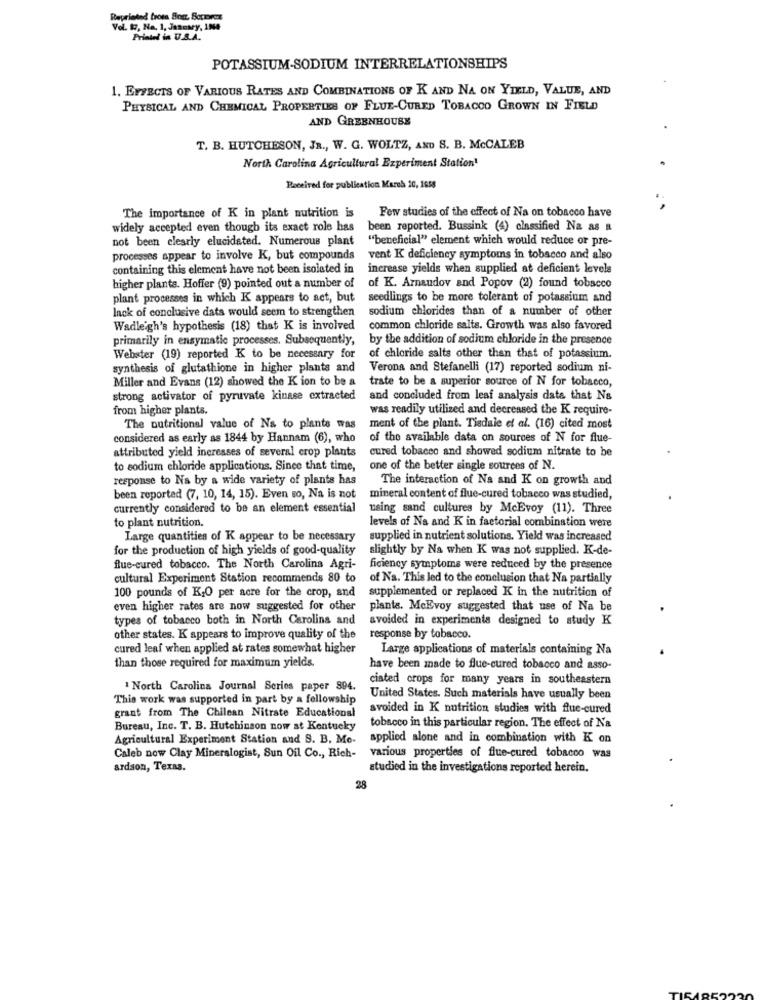
Reprinted from Bom, Sorteos
Vol. 17, Na. 1, January, IN4
Printed in U.S.A.
POTASSIUM-SODIUM INTERRELATIONSHIPS
1. EFFECTS OF VARIOUS RATES AND COMBINATIONS OF K AND NA ON YIELD, VALUE, AND
PHYSICAL AND CHEMICAL PROPERTIES OF FLUE-CURED TOBACCO GROWN IN FIELD
AND GREENHOUSE
T. B. HUTCHESON, JR ., W. G. WOLTZ, AND S. B. McCALEB
North Carolina Agricultural Experiment Station!
Received for publication March 20, 1658
The importance of K in plant nutrition is
Few studies of the effect of Na on tobacco have
widely accepted even though its exact role has
been reported. Bussink (4) classified Na as a
not been clearly elucidated. Numerous plant
"beneficial" element which would reduce or pre-
processes appear to involve K, but compounds
vent K deficiency symptoms in tobacco and also
containing this element have not been isolated in
increase yields when supplied at deficient levels
higher plants. Hoffer (9) pointed out a number of
of K. Arnaudov and Popov (2) found tobacco
plant processes in which K appears to set, but
seedlings to be more tolerant of potassium and
lack of conclusive dats would seem to strengthen
sodium chlorides than of a number of other
Wadleigh's hypothesis (18) that K is involved
common chloride salts. Growth was also favored
primarily in enzymatic processes. Subsequently,
by the addition of sodium chloride in the presence
Webster (19) reported K to be necessary for
of chloride salts other than that of potassium.
synthesis of glutathione in higher plants and
Verona and Stefanelli (17) reported sodium ni-
Miller and Evans (12) showed the K ion to be a
trate to be a superior source of N for tobacco,
strong activator of pyruvate kinase extracted
and concluded from leaf analysis data that Na
from higher plants.
was readily utilized and decreased the K require-
The nutritional value of Na to plants was
ment of the plant. Tisdale et al. (16) cited most
considered as early as 1844 by Hannam (6), who
of the available data on sources of N for flue-
cured tobacco and showed sodium nitrate to be
attributed yield increases of several crop plants
to sodium chloride applications. Since that time,
one of the better single sources of N.
response to Na by a wide variety of plants has
The interaction of Na and K on growth and
been reported (7, 10, 14, 15). Even so, Na is not
mineral content of flue-cured tobacco was studied,
currently considered to be an element essential
using sand cultures by McEvoy (11). Three
to plant nutrition.
levels of Na and K in factorial combination were
Large quantities of K appear to be necessary
supplied in nutrient solutions. Yield was increased
for the production of high yields of good-quality
slightly by Na when K was not supplied. K-de-
flue-cured tobacco. The North Carolina Agri-
ficiency symptoms were reduced by the presence
cultural Experiment Station recommends 80 to
of Na. This led to the conclusion that Na partially
100 pounds of KO per acre for the crop, and
supplemented or replaced K in the nutrition of
even higher rates are now suggested for other
plants. MeEvoy suggested that use of Na be
types of tobacco both in North Carolina and
avoided in experiments designed to study K
other states. K appears to improve quality of the
response by tobacco.
cured leaf when applied at rates somewhat higher
Large applications of materials containing Na
than those required for maximum yields.
have been made to flue-cured tobacco and asso-
ciated crops for many years in southeastern
North Carolina Journal Series paper 894.
This work was supported in part by a fellowship
United States. Such materials have usually been
avoided in K nutrition studies with flue-cured
grant from The Chilean Nitrate Educational
Bureau, Inc. T. B. Hutchinson now at Kentucky
tobacco in this particular region. The effect of Na
Agricultural Experiment Station and S. B. Me-
applied alone and in combination with K on
Caleb now Clay Mineralogist, Sun Oil Co ., Rich-
various properties of flue-cured tobacco was
ardson, Texas.
studied in the investigations reported herein.
28